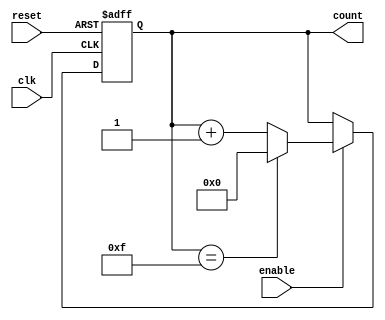
module UpCounterWithEnable #(
    parameter N = 4  // Parameter to define the bit-width of the counter
)(
    input wire clk,          // Clock signal
    input wire enable,       // Enable signal
    input wire reset,        // Reset signal
    output reg [N-1:0] count // N-bit output count
);

    // Always block triggered on the rising edge of the clock or the reset signal
    always @(posedge clk or posedge reset) begin
        if (reset) begin
            count <= 0; // Reset the counter to 0
        end else if (enable) begin
            // Increment the counter and wrap around if maximum value reached
            count <= (count == (1 << N) - 1) ? 0 : count + 1;
        end
        // If enable is low, retain the current count value
    end

endmodule